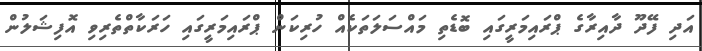
އަދި ފޭދޫ ދާއިރާގެ ޕްރައިމަރީގައި ބޮޑެތި މައްސަލަތަކެއް ހުރިކަން ޕްރައިމަރީގައި ހަރަކާތްތެރިވި އޮފިޝަލުން